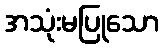
အသုံးမပြုသော